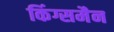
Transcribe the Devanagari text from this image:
किंग्समैन